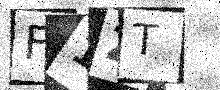
Text: F1ZT